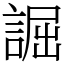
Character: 誳